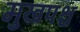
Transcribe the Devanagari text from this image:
मुखपश्च